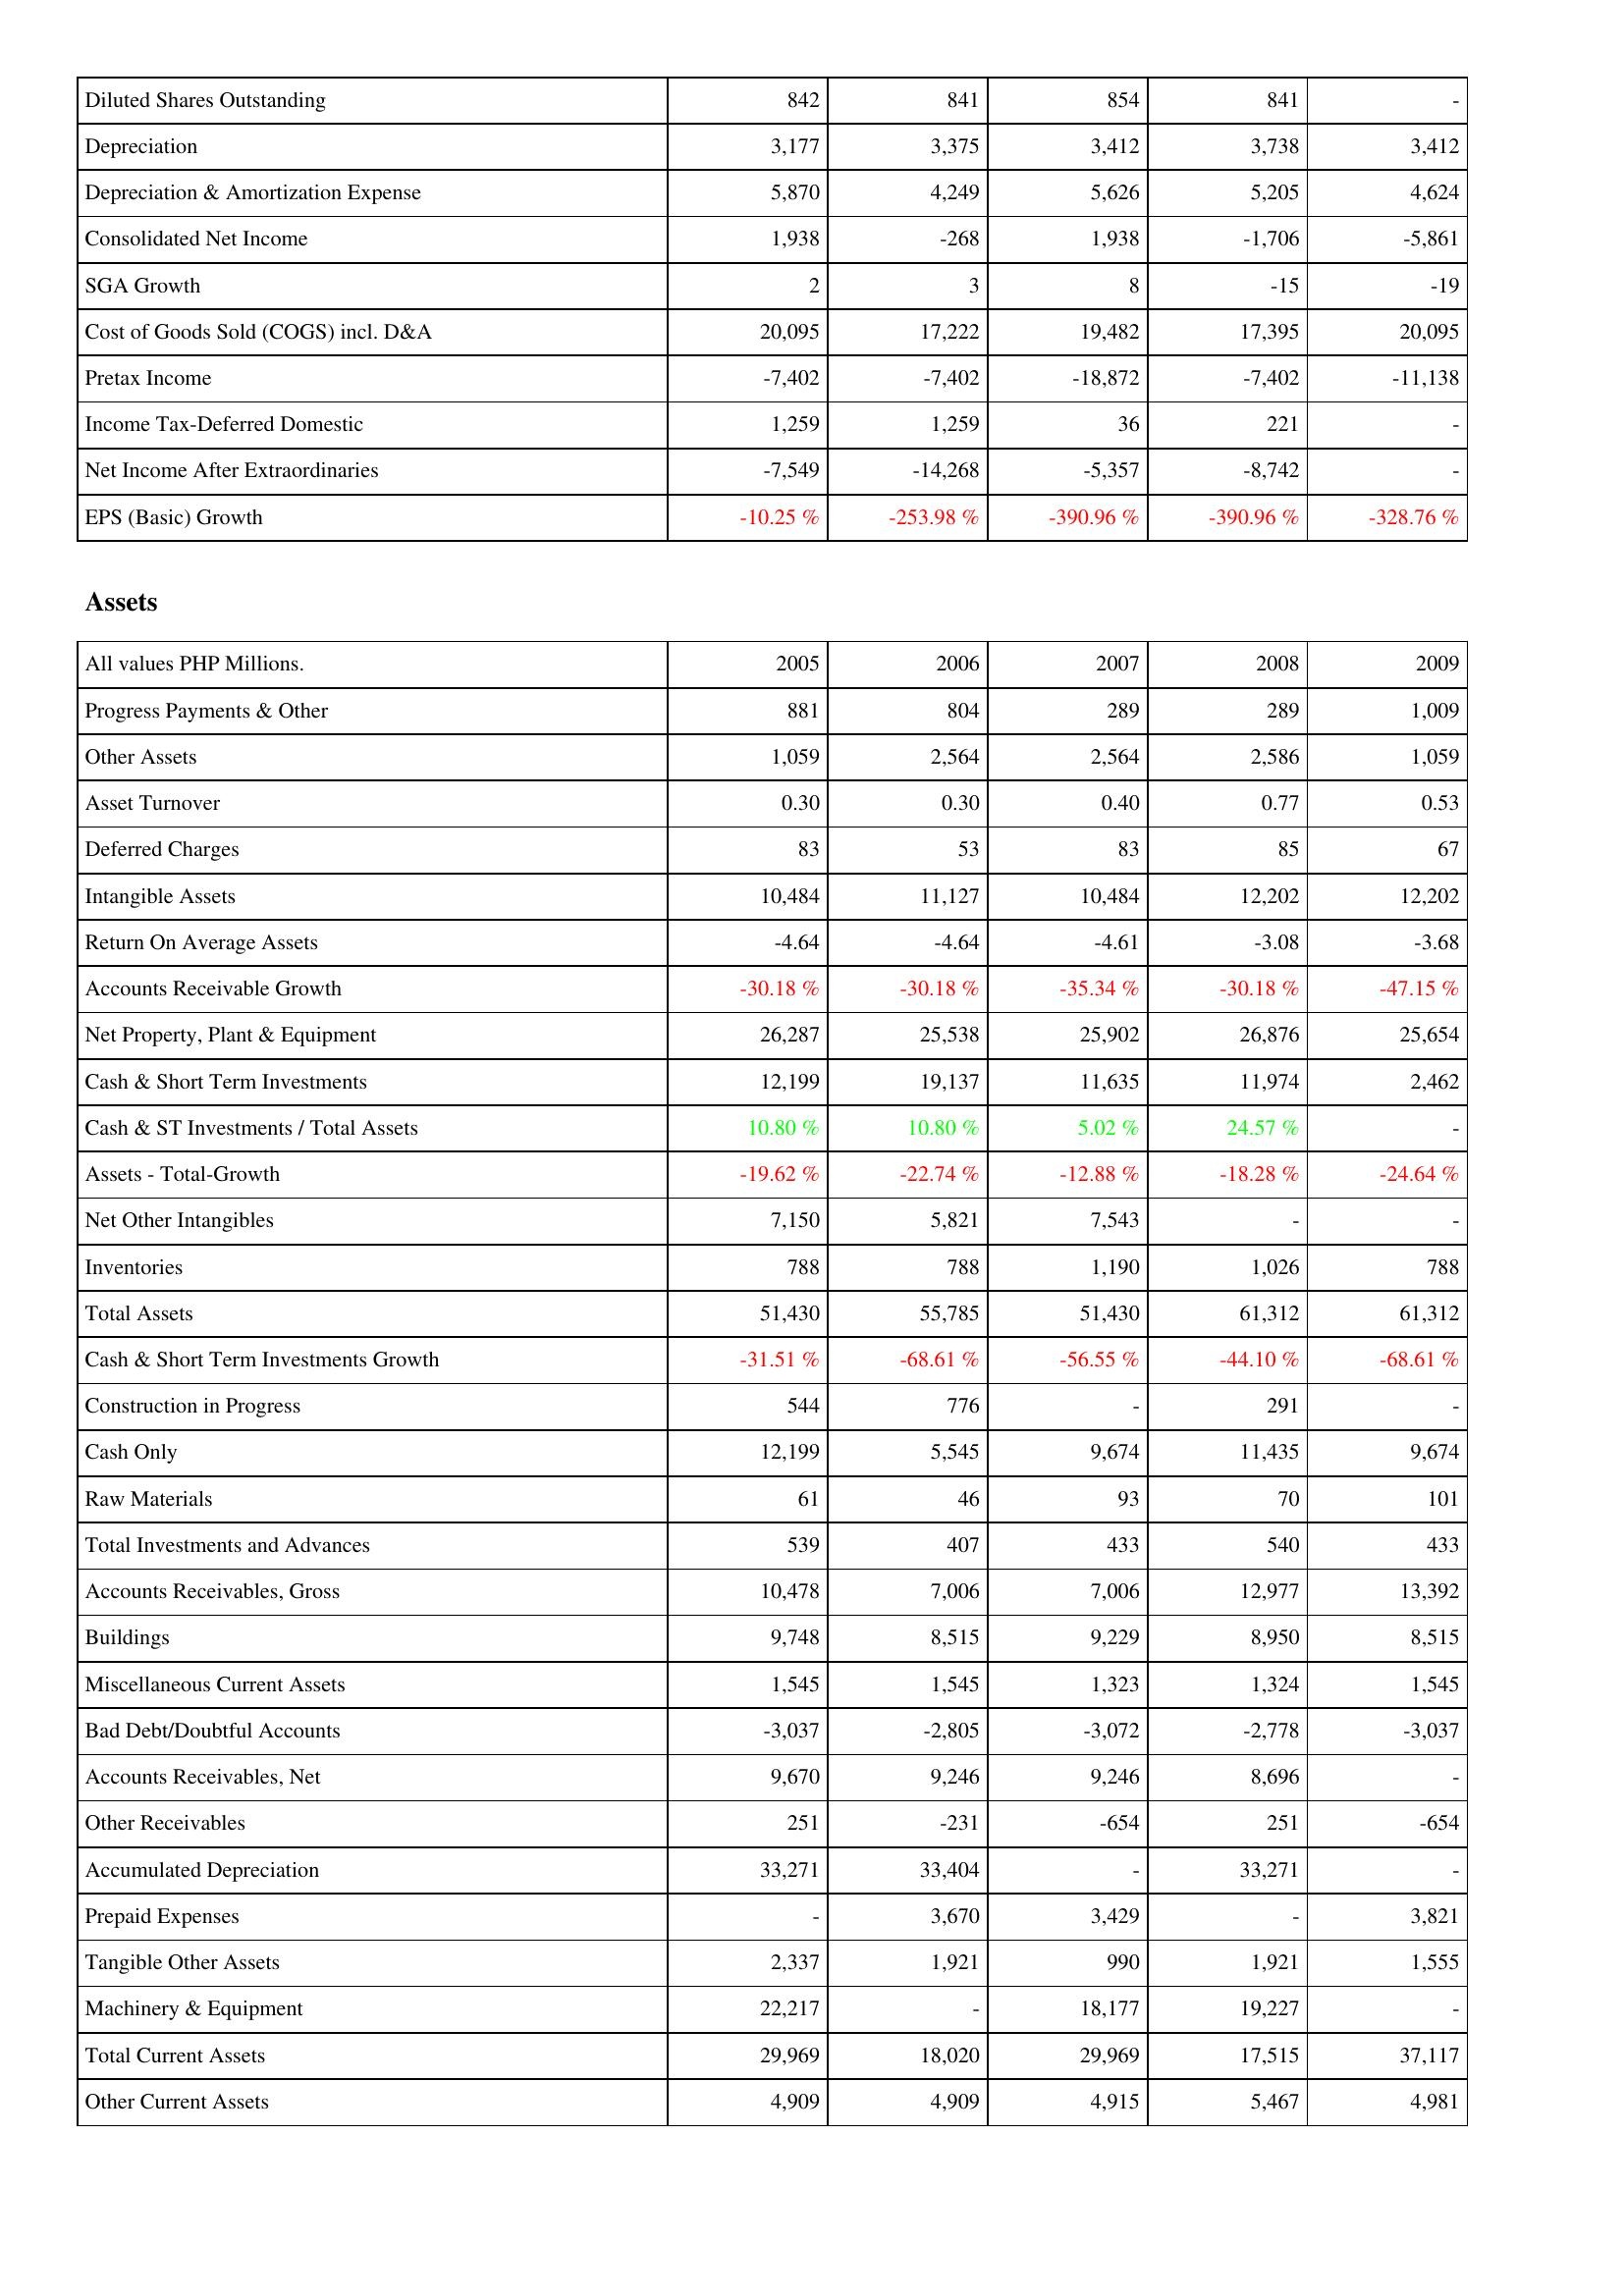
2005: Income Statement: Diluted Shares Outstanding: 842
Depreciation: 3,177
Depreciation & Amortization Expense: 5,870
Consolidated Net Income: 1,938
SGA Growth: 2
Cost of Goods Sold (COGS) incl. D&A: 20,095
Pretax Income: -7,402
Income Tax-Deferred Domestic: 1,259
Net Income After Extraordinaries: -7,549
EPS (Basic) Growth: -10.25 %
Assets: Progress Payments & Other: 881
Other Assets: 1,059
Asset Turnover: 0.30
Deferred Charges: 83
Intangible Assets: 10,484
Return On Average Assets: -4.64
Accounts Receivable Growth: -30.18 %
Net Property, Plant & Equipment: 26,287
Cash & Short Term Investments: 12,199
Cash & ST Investments / Total Assets: 10.80 %
Assets - Total-Growth: -19.62 %
Net Other Intangibles: 7,150
Inventories: 788
Total Assets: 51,430
Cash & Short Term Investments Growth: -31.51 %
Construction in Progress: 544
Cash Only: 12,199
Raw Materials: 61
Total Investments and Advances: 539
Accounts Receivables, Gross: 10,478
Buildings: 9,748
Miscellaneous Current Assets: 1,545
Bad Debt/Doubtful Accounts: -3,037
Accounts Receivables, Net: 9,670
Other Receivables: 251
Accumulated Depreciation: 33,271
Prepaid Expenses: -
Tangible Other Assets: 2,337
Machinery & Equipment: 22,217
Total Current Assets: 29,969
Other Current Assets: 4,909
2006: Income Statement: Diluted Shares Outstanding: 841
Depreciation: 3,375
Depreciation & Amortization Expense: 4,249
Consolidated Net Income: -268
SGA Growth: 3
Cost of Goods Sold (COGS) incl. D&A: 17,222
Pretax Income: -7,402
Income Tax-Deferred Domestic: 1,259
Net Income After Extraordinaries: -14,268
EPS (Basic) Growth: -253.98 %
Assets: Progress Payments & Other: 804
Other Assets: 2,564
Asset Turnover: 0.30
Deferred Charges: 53
Intangible Assets: 11,127
Return On Average Assets: -4.64
Accounts Receivable Growth: -30.18 %
Net Property, Plant & Equipment: 25,538
Cash & Short Term Investments: 19,137
Cash & ST Investments / Total Assets: 10.80 %
Assets - Total-Growth: -22.74 %
Net Other Intangibles: 5,821
Inventories: 788
Total Assets: 55,785
Cash & Short Term Investments Growth: -68.61 %
Construction in Progress: 776
Cash Only: 5,545
Raw Materials: 46
Total Investments and Advances: 407
Accounts Receivables, Gross: 7,006
Buildings: 8,515
Miscellaneous Current Assets: 1,545
Bad Debt/Doubtful Accounts: -2,805
Accounts Receivables, Net: 9,246
Other Receivables: -231
Accumulated Depreciation: 33,404
Prepaid Expenses: 3,670
Tangible Other Assets: 1,921
Machinery & Equipment: -
Total Current Assets: 18,020
Other Current Assets: 4,909
2007: Income Statement: Diluted Shares Outstanding: 854
Depreciation: 3,412
Depreciation & Amortization Expense: 5,626
Consolidated Net Income: 1,938
SGA Growth: 8
Cost of Goods Sold (COGS) incl. D&A: 19,482
Pretax Income: -18,872
Income Tax-Deferred Domestic: 36
Net Income After Extraordinaries: -5,357
EPS (Basic) Growth: -390.96 %
Assets: Progress Payments & Other: 289
Other Assets: 2,564
Asset Turnover: 0.40
Deferred Charges: 83
Intangible Assets: 10,484
Return On Average Assets: -4.61
Accounts Receivable Growth: -35.34 %
Net Property, Plant & Equipment: 25,902
Cash & Short Term Investments: 11,635
Cash & ST Investments / Total Assets: 5.02 %
Assets - Total-Growth: -12.88 %
Net Other Intangibles: 7,543
Inventories: 1,190
Total Assets: 51,430
Cash & Short Term Investments Growth: -56.55 %
Construction in Progress: -
Cash Only: 9,674
Raw Materials: 93
Total Investments and Advances: 433
Accounts Receivables, Gross: 7,006
Buildings: 9,229
Miscellaneous Current Assets: 1,323
Bad Debt/Doubtful Accounts: -3,072
Accounts Receivables, Net: 9,246
Other Receivables: -654
Accumulated Depreciation: -
Prepaid Expenses: 3,429
Tangible Other Assets: 990
Machinery & Equipment: 18,177
Total Current Assets: 29,969
Other Current Assets: 4,915
2008: Income Statement: Diluted Shares Outstanding: 841
Depreciation: 3,738
Depreciation & Amortization Expense: 5,205
Consolidated Net Income: -1,706
SGA Growth: -15
Cost of Goods Sold (COGS) incl. D&A: 17,395
Pretax Income: -7,402
Income Tax-Deferred Domestic: 221
Net Income After Extraordinaries: -8,742
EPS (Basic) Growth: -390.96 %
Assets: Progress Payments & Other: 289
Other Assets: 2,586
Asset Turnover: 0.77
Deferred Charges: 85
Intangible Assets: 12,202
Return On Average Assets: -3.08
Accounts Receivable Growth: -30.18 %
Net Property, Plant & Equipment: 26,876
Cash & Short Term Investments: 11,974
Cash & ST Investments / Total Assets: 24.57 %
Assets - Total-Growth: -18.28 %
Net Other Intangibles: -
Inventories: 1,026
Total Assets: 61,312
Cash & Short Term Investments Growth: -44.10 %
Construction in Progress: 291
Cash Only: 11,435
Raw Materials: 70
Total Investments and Advances: 540
Accounts Receivables, Gross: 12,977
Buildings: 8,950
Miscellaneous Current Assets: 1,324
Bad Debt/Doubtful Accounts: -2,778
Accounts Receivables, Net: 8,696
Other Receivables: 251
Accumulated Depreciation: 33,271
Prepaid Expenses: -
Tangible Other Assets: 1,921
Machinery & Equipment: 19,227
Total Current Assets: 17,515
Other Current Assets: 5,467
2009: Income Statement: Diluted Shares Outstanding: -
Depreciation: 3,412
Depreciation & Amortization Expense: 4,624
Consolidated Net Income: -5,861
SGA Growth: -19
Cost of Goods Sold (COGS) incl. D&A: 20,095
Pretax Income: -11,138
Income Tax-Deferred Domestic: -
Net Income After Extraordinaries: -
EPS (Basic) Growth: -328.76 %
Assets: Progress Payments & Other: 1,009
Other Assets: 1,059
Asset Turnover: 0.53
Deferred Charges: 67
Intangible Assets: 12,202
Return On Average Assets: -3.68
Accounts Receivable Growth: -47.15 %
Net Property, Plant & Equipment: 25,654
Cash & Short Term Investments: 2,462
Cash & ST Investments / Total Assets: -
Assets - Total-Growth: -24.64 %
Net Other Intangibles: -
Inventories: 788
Total Assets: 61,312
Cash & Short Term Investments Growth: -68.61 %
Construction in Progress: -
Cash Only: 9,674
Raw Materials: 101
Total Investments and Advances: 433
Accounts Receivables, Gross: 13,392
Buildings: 8,515
Miscellaneous Current Assets: 1,545
Bad Debt/Doubtful Accounts: -3,037
Accounts Receivables, Net: -
Other Receivables: -654
Accumulated Depreciation: -
Prepaid Expenses: 3,821
Tangible Other Assets: 1,555
Machinery & Equipment: -
Total Current Assets: 37,117
Other Current Assets: 4,981